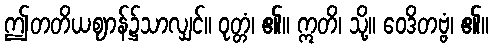
ဤတတိယဈာန်၌သာလျှင်။ ဝုတ္တံ၊ ၏။ ဣတိ၊ သို့။ ဝေဒိတဗ္ဗံ၊ ၏။